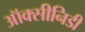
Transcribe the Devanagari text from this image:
ऑक्सीनिडी